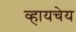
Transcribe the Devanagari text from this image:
व्हायचेय